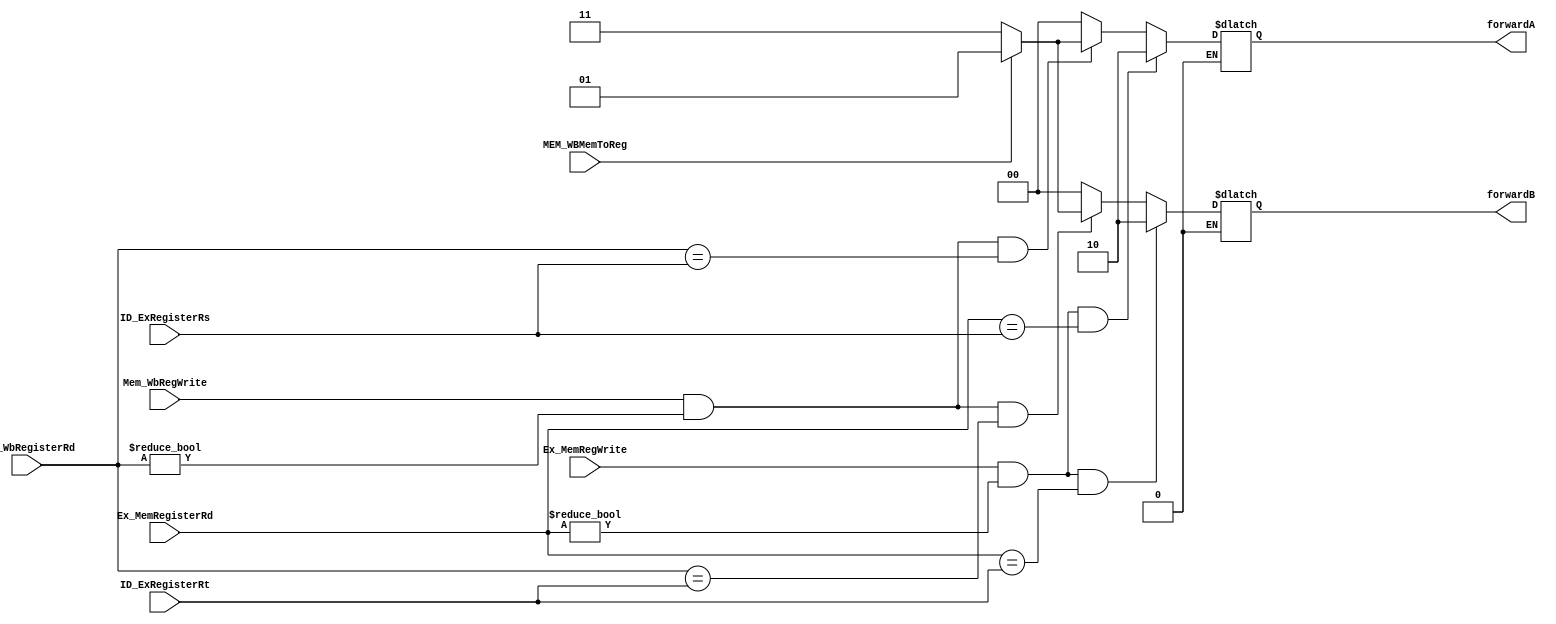
module ExeForwardingUnit(input Ex_MemRegWrite,input [4:0]Ex_MemRegisterRd,input [4:0]ID_ExRegisterRs,input [4:0]ID_ExRegisterRt,input Mem_WbRegWrite,input MEM_WBMemToReg,input [4:0]Mem_WbRegisterRd,output reg [1:0]forwardA,output reg [1:0]forwardB);
	parameter fowardfromEx_Mem=2'b10,
		  fowardMemResultfromMem_Wb=2'b01,
		  fowardALUResultfromMem_Wb=2'b11;
		
initial
begin
	forwardA=0;forwardB=0;
end
always@(*)
begin
if(Ex_MemRegWrite==1 && Ex_MemRegisterRd!=0 && Ex_MemRegisterRd==ID_ExRegisterRs )
	forwardA=fowardfromEx_Mem;
else if(Mem_WbRegWrite==1 && Mem_WbRegisterRd!=0 && Mem_WbRegisterRd==ID_ExRegisterRs )
begin
	if(MEM_WBMemToReg==1)
	forwardA=fowardMemResultfromMem_Wb;
	else if(MEM_WBMemToReg==0)
	forwardA=fowardALUResultfromMem_Wb;
end
else 
	forwardA=0;
if(Ex_MemRegWrite==1 && Ex_MemRegisterRd!=0 && Ex_MemRegisterRd==ID_ExRegisterRt )
	forwardB=fowardfromEx_Mem;
else if(Mem_WbRegWrite==1 && Mem_WbRegisterRd!=0 && Mem_WbRegisterRd==ID_ExRegisterRt )
begin
	if(MEM_WBMemToReg==1)
	forwardB=fowardMemResultfromMem_Wb;
	else if(MEM_WBMemToReg==0)
	forwardB=fowardALUResultfromMem_Wb;
end
else 
	forwardB=0;

end



endmodule